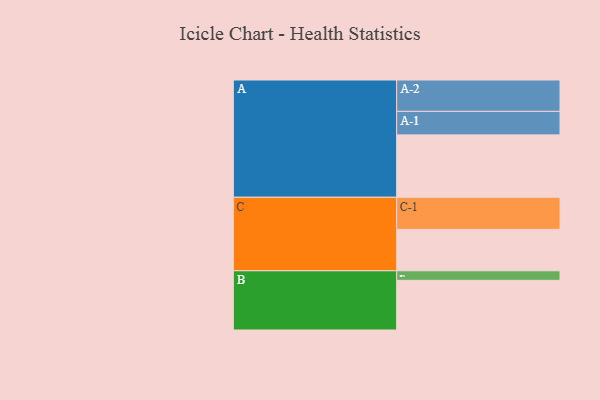
{"axis": {"x": "Segment", "y": "Value"}, "legend": ["", "A", "B", "C"], "data": [{"x": "A", "y": 549, "type": ""}, {"x": "B", "y": 437, "type": ""}, {"x": "C", "y": 365, "type": ""}, {"x": "A-1", "y": 207, "type": "A"}, {"x": "A-2", "y": 276, "type": "A"}, {"x": "B-1", "y": 84, "type": "B"}, {"x": "C-1", "y": 282, "type": "C"}]}